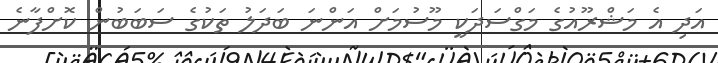
އަދި އެ މަޝްރޫއުގެ މަގްސަދަކީ މޫސުމަށް އަންނަ ބަދަލު ތަކުގެ ސަބަބުން ކޮށްފާނެ